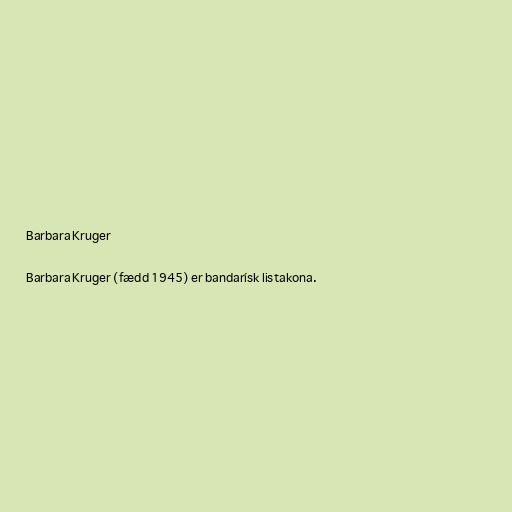
Barbara Kruger

Barbara Kruger (fædd 1945) er bandarísk listakona.